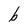
Character: b